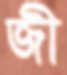
জী